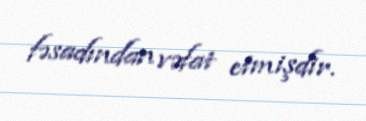
fəsadından vəfat etmişdir.